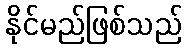
နိုင်မည်ဖြစ်သည်